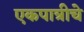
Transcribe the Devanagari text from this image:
एकपात्रीचे